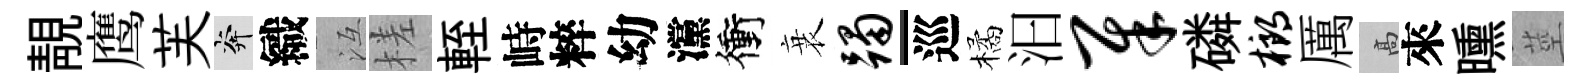
靚鹰芙奔織冱槎輊峙粹幼灙衝衰躅-巡橘汩犀磷榔厲高來曛莖